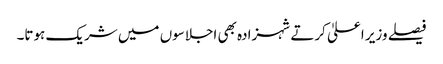
فیصلے وزیر اعلیٰ کرتے شہزادہ بھی اجلاسوں میں شریک ہوتا۔